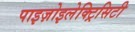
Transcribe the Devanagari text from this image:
पाइज़ोइलेक्ट्रिसिटी